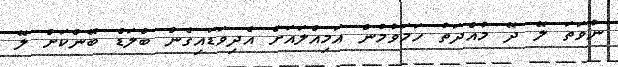
ނުވަތަ ލޭ ދޭ މުއްދަތު ހަމަވުމުން އަމިއްލައަށް އެދިވަޑައިގެން ބްލަޑް ބޭންކަށް ލޭ